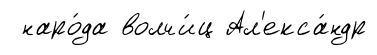
наро́да волчи́ц Ал'екса́ндр